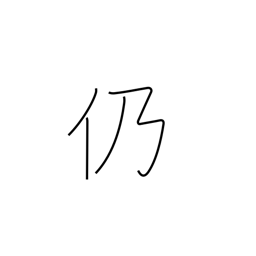
Meaning: consequently